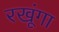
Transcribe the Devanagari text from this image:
रखूंगा